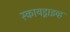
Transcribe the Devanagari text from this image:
स्कायड्राइव्ह